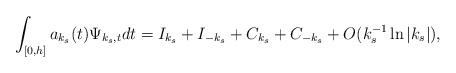
LaTeX: \begin{align*}\int\nolimits_{\lbrack0,h]}a_{k_{s}}(t)\Psi_{k_{s},t}dt=I_{k_{s}}+I_{-k_{s}}+C_{k_{s}}+C_{-k_{s}}+O(k_{s}^{-1}\ln\left\vert k_{s}\right\vert ),\end{align*}